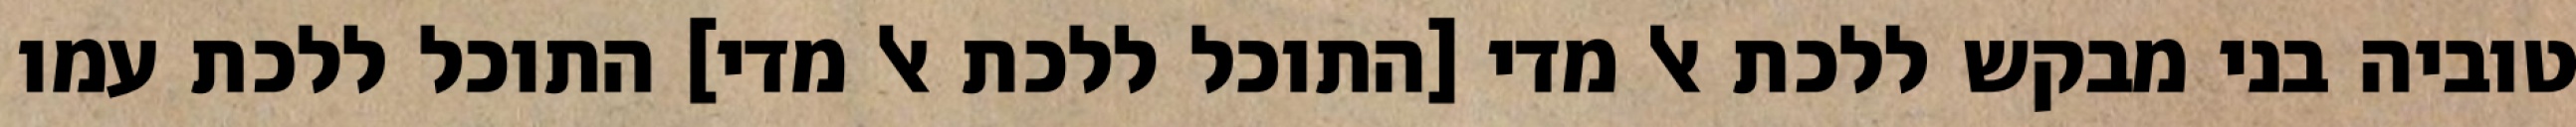
טוביה בני מבקש ללכת אל מדי [התוכל ללכת אל מדי] התוכל ללכת עמו